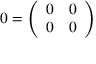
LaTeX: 0 = { \left( \begin{array} { l l } { 0 } & { 0 } \\ { 0 } & { 0 } \end{array} \right) }